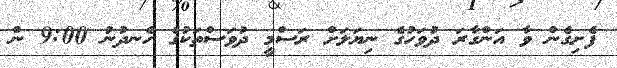
ފެށިގެން ވާ އަންގާރަ ދުވަހުގެ ނިޔަލަށް ރަސްމީ ދުވަސްތަކުގެ ހެނދުނު 9:00 ން